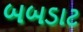
બબડાટ